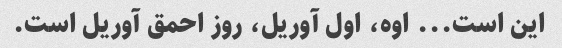
این است... اوه، اول آوریل، روز احمق آوریل است.